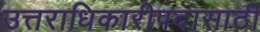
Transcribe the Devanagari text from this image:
उत्तराधिकारीपदासाठी